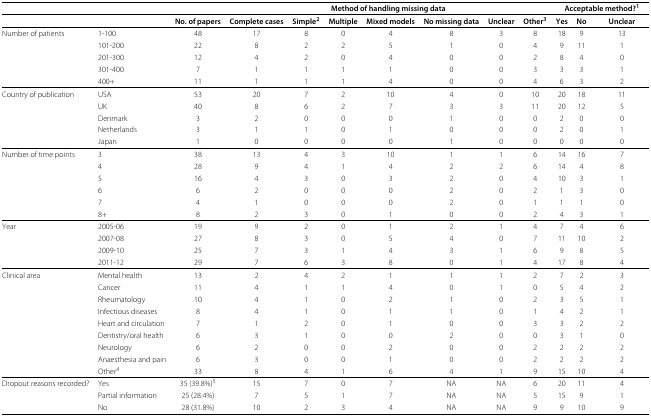
<table><thead><tr><td><b> </b></td><td colspan="2"><b> </b></td><td colspan="7"><b>Method of handling missing data</b></td><td colspan="3"><b>Acceptable method?<sup>1</sup></b></td></tr><tr><td><b> </b></td><td><b> </b></td><td><b>No. of papers</b></td><td><b>Complete cases</b></td><td><b>Simple<sup>2</sup></b></td><td><b>Multiple</b></td><td><b>Mixed models</b></td><td><b>No missing data</b></td><td><b>Unclear</b></td><td><b>Other<sup>3</sup></b></td><td><b>Yes</b></td><td><b>No</b></td><td><b>Unclear</b></td></tr></thead><tbody><tr><td>Number of patients</td><td>1-100</td><td>48</td><td>17</td><td>8</td><td>0</td><td>4</td><td>8</td><td>3</td><td>8</td><td>18</td><td>9</td><td>13</td></tr><tr><td> </td><td>101-200</td><td>22</td><td>8</td><td>2</td><td>2</td><td>5</td><td>1</td><td>0</td><td>4</td><td>9</td><td>11</td><td>1</td></tr><tr><td> </td><td>201-300</td><td>12</td><td>4</td><td>2</td><td>0</td><td>4</td><td>0</td><td>0</td><td>2</td><td>8</td><td>4</td><td>0</td></tr><tr><td> </td><td>301-400</td><td>7</td><td>1</td><td>1</td><td>1</td><td>1</td><td>0</td><td>0</td><td>3</td><td>3</td><td>3</td><td>1</td></tr><tr><td> </td><td>400+</td><td>11</td><td>1</td><td>1</td><td>1</td><td>4</td><td>0</td><td>0</td><td>4</td><td>6</td><td>3</td><td>2</td></tr><tr><td>Country of publication</td><td>USA</td><td>53</td><td>20</td><td>7</td><td>2</td><td>10</td><td>4</td><td>0</td><td>10</td><td>20</td><td>18</td><td>11</td></tr><tr><td> </td><td>UK</td><td>40</td><td>8</td><td>6</td><td>2</td><td>7</td><td>3</td><td>3</td><td>11</td><td>20</td><td>12</td><td>5</td></tr><tr><td> </td><td>Denmark</td><td>3</td><td>2</td><td>0</td><td>0</td><td>0</td><td>1</td><td>0</td><td>0</td><td>2</td><td>0</td><td>0</td></tr><tr><td> </td><td>Netherlands</td><td>3</td><td>1</td><td>1</td><td>0</td><td>1</td><td>0</td><td>0</td><td>0</td><td>2</td><td>0</td><td>1</td></tr><tr><td> </td><td>Japan</td><td>1</td><td>0</td><td>0</td><td>0</td><td>0</td><td>1</td><td>0</td><td>0</td><td>0</td><td>0</td><td>0</td></tr><tr><td>Number of time points</td><td>3</td><td>38</td><td>13</td><td>4</td><td>3</td><td>10</td><td>1</td><td>1</td><td>6</td><td>14</td><td>16</td><td>7</td></tr><tr><td> </td><td>4</td><td>28</td><td>9</td><td>4</td><td>1</td><td>4</td><td>2</td><td>2</td><td>6</td><td>14</td><td>4</td><td>8</td></tr><tr><td> </td><td>5</td><td>16</td><td>4</td><td>3</td><td>0</td><td>3</td><td>2</td><td>0</td><td>4</td><td>10</td><td>3</td><td>1</td></tr><tr><td> </td><td>6</td><td>6</td><td>2</td><td>0</td><td>0</td><td>0</td><td>2</td><td>0</td><td>2</td><td>1</td><td>3</td><td>0</td></tr><tr><td> </td><td>7</td><td>4</td><td>1</td><td>0</td><td>0</td><td>0</td><td>2</td><td>0</td><td>1</td><td>1</td><td>1</td><td>0</td></tr><tr><td> </td><td>8+</td><td>8</td><td>2</td><td>3</td><td>0</td><td>1</td><td>0</td><td>0</td><td>2</td><td>4</td><td>3</td><td>1</td></tr><tr><td>Year</td><td>2005-06</td><td>19</td><td>9</td><td>2</td><td>0</td><td>1</td><td>2</td><td>1</td><td>4</td><td>7</td><td>4</td><td>6</td></tr><tr><td> </td><td>2007-08</td><td>27</td><td>8</td><td>3</td><td>0</td><td>5</td><td>4</td><td>0</td><td>7</td><td>11</td><td>10</td><td>2</td></tr><tr><td> </td><td>2009-10</td><td>25</td><td>7</td><td>3</td><td>1</td><td>4</td><td>3</td><td>1</td><td>6</td><td>9</td><td>8</td><td>5</td></tr><tr><td> </td><td>2011-12</td><td>29</td><td>7</td><td>6</td><td>3</td><td>8</td><td>0</td><td>1</td><td>4</td><td>17</td><td>8</td><td>4</td></tr><tr><td>Clinical area</td><td>Mental health</td><td>13</td><td>2</td><td>4</td><td>2</td><td>1</td><td>1</td><td>1</td><td>2</td><td>7</td><td>2</td><td>3</td></tr><tr><td> </td><td>Cancer</td><td>11</td><td>4</td><td>1</td><td>1</td><td>4</td><td>0</td><td>1</td><td>0</td><td>5</td><td>4</td><td>2</td></tr><tr><td> </td><td>Rheumatology</td><td>10</td><td>4</td><td>1</td><td>0</td><td>2</td><td>1</td><td>0</td><td>2</td><td>3</td><td>5</td><td>1</td></tr><tr><td> </td><td>Infectious diseases</td><td>8</td><td>4</td><td>1</td><td>0</td><td>1</td><td>1</td><td>0</td><td>1</td><td>4</td><td>2</td><td>1</td></tr><tr><td> </td><td>Heart and circulation</td><td>7</td><td>1</td><td>2</td><td>0</td><td>1</td><td>0</td><td>0</td><td>3</td><td>3</td><td>2</td><td>2</td></tr><tr><td> </td><td>Dentistry/oral health</td><td>6</td><td>3</td><td>1</td><td>0</td><td>0</td><td>2</td><td>0</td><td>0</td><td>3</td><td>1</td><td>0</td></tr><tr><td> </td><td>Neurology</td><td>6</td><td>2</td><td>0</td><td>0</td><td>2</td><td>0</td><td>0</td><td>2</td><td>2</td><td>2</td><td>2</td></tr><tr><td> </td><td>Anaesthesia and pain</td><td>6</td><td>3</td><td>0</td><td>0</td><td>1</td><td>0</td><td>0</td><td>2</td><td>2</td><td>2</td><td>2</td></tr><tr><td> </td><td>Other<sup>4</sup></td><td>33</td><td>8</td><td>4</td><td>1</td><td>6</td><td>4</td><td>1</td><td>9</td><td>15</td><td>10</td><td>4</td></tr><tr><td>Dropout reasons recorded?</td><td>Yes</td><td>35 (39.8%)<sup>5</sup></td><td>15</td><td>7</td><td>0</td><td>7</td><td>NA</td><td>NA</td><td>6</td><td>20</td><td>11</td><td>4</td></tr><tr><td> </td><td>Partial information</td><td>25 (28.4%)</td><td>7</td><td>5</td><td>1</td><td>7</td><td>NA</td><td>NA</td><td>5</td><td>15</td><td>9</td><td>1</td></tr><tr><td> </td><td>No</td><td>28 (31.8%)</td><td>10</td><td>2</td><td>3</td><td>4</td><td>NA</td><td>NA</td><td>9</td><td>9</td><td>10</td><td>9</td></tr></tbody></table>